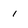
Character: 1